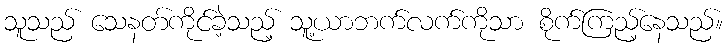
သူသည် သေနတ်ကိုင်ခဲ့သည့် သူ့ယာဘက်လက်ကိုသာ စိုက်ကြည့်နေသည်။